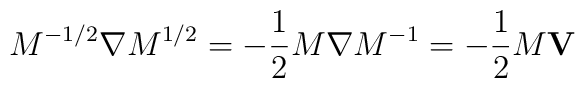
M^{-1/2} {\bf \nabla} M^{1/2} = -{1\over 2} M {\bf \nabla} M^{-1}      = -{1\over 2}M {\bf V}